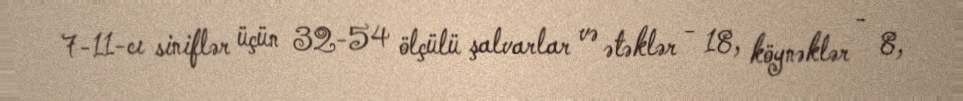
7-11-cı siniflər üçün 32-54 ölçülü şalvarlar və ətəklər - 18, köynəklər - 8,